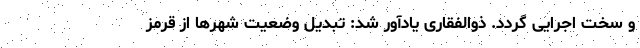
و سخت اجرایی گردد. ذوالفقاری یادآور شد: تبدیل وضعیت شهرها از قرمز